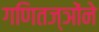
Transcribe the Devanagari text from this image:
गणितज्ञोंने